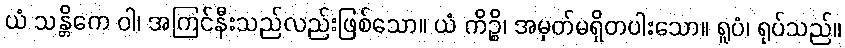
ယံ သန္တိကေ ဝါ၊ အကြင်နီးသည်လည်းဖြစ်သော။ ယံ ကိဉ္စိ၊ အမှတ်မရှိတပါးသော။ ရူပံ၊ ရုပ်သည်။